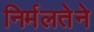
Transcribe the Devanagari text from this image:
निर्मलतेने